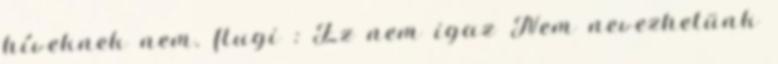
híveknek nem. flugi : Ez nem igaz Nem nevezhetünk